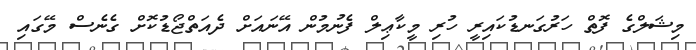
މިޝަލްގެ ފޮތް ހަރުގަނޑުކައިރީ ހުރި މީކާޢިލް ފެނުމުން އޭނައަށް ދެއަތްޖޯޑުކޮށް ގެނެސް މޭގައި